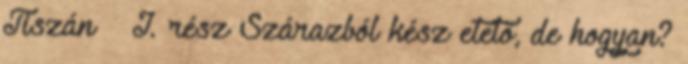
Tiszán – I. rész Szárazból kész etető, de hogyan?